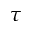
\tau